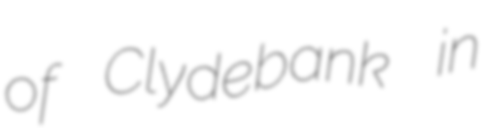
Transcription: of Clydebank in